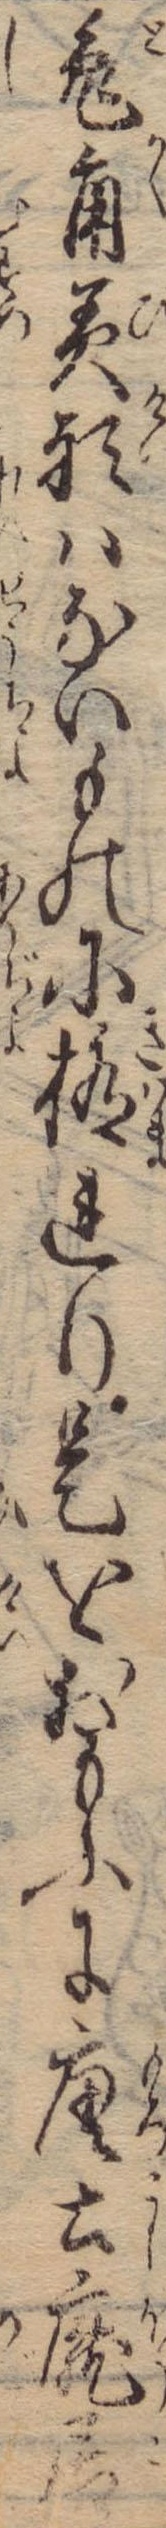
兎角美形はないものに極れり是をおもふに唐士龐居